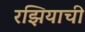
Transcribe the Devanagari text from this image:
रझियाची